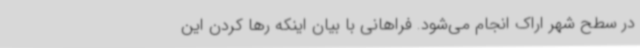
در سطح شهر اراک انجام می‌شود. فراهانی با بیان اینکه رها کردن این